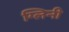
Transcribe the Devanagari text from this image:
ग्लिनी